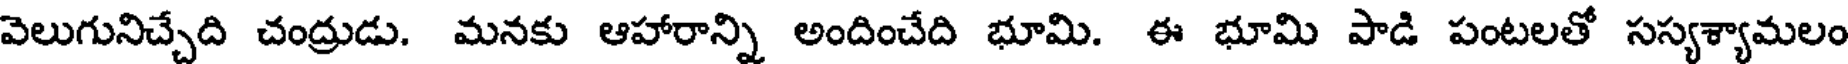
వెలుగునిచ్చేది చంద్రుడు. మనకు ఆహారాన్ని అందించేది భూమి. ఈ భూమి పాడి పంటలతో సస్యశ్యామలం